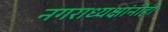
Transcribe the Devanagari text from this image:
नगराध्यक्षांनीही